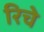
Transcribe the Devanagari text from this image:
रिचे